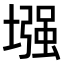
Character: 𫮬